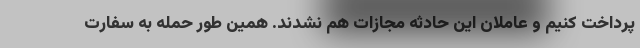
پرداخت کنیم و عاملان این حادثه مجازات هم نشدند. همین طور حمله به سفارت